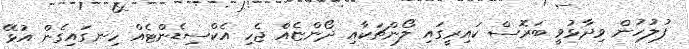
ފުލުހުން ވިދާޅުވީ ބަރޮސް ކައިރީގައި ލޯންޗަކާއި ދޯންޏެއް ޖެހި އެކްސިޑެންޓެއް ހިނގައިގެން އުޅޭ